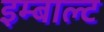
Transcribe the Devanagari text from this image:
इम्बाल्ट